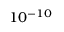
1 0 ^ { - 1 0 }